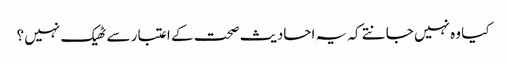
کیا وہ نہیں جانتے کہ یہ احادیث صحت کے اعتبار سے ٹھیک نہیں ؟